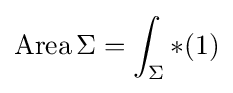
\operatorname {Area} \Sigma =\int _{\Sigma }*(1)